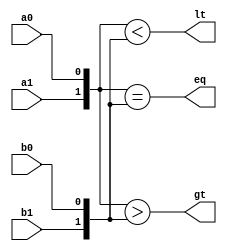
module comparator_2bit(a0,a1,b0,b1,gt,lt,eq);
input a0,a1,b0,b1;
output reg gt,lt,eq;
always @(*)
begin
gt=( {a1,a0} > {b1,b0} ); //concatenating the bits for 2 bits
lt=( {a1,a0} < {b1,b0} ); //relational opers whose op is boolean,true--1,false==0
eq=( {a1,a0} == {b1,b0} );//those values are directly stored here
$display("{a1,a0}={%b,%b} when compared with {b1,b0}={%b,%b} gives gt=%b,lt=%b,eq=%b",a1,a0,b1,b1,b0,gt,lt,eq);
end
endmodule